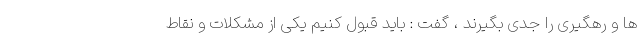
ها و رهگیری را جدی بگیرند ، گفت : باید قبول کنیم یکی از مشکلات و نقاط